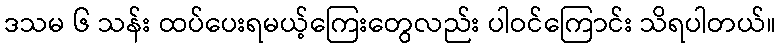
ဒသမ ၆ သန်း ထပ်ပေးရမယ့်ကြေးတွေလည်း ပါဝင်ကြောင်း သိရပါတယ်။